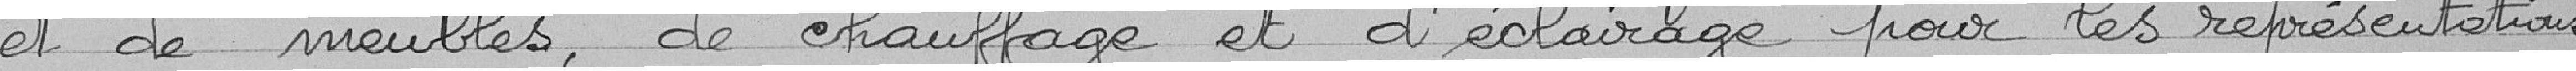
et de meubles, de chauffage et d'éclairage pour les représentations